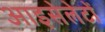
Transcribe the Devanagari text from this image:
आइसेलेटों